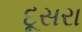
દૂસરા